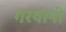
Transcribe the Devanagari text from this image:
गरवानी